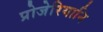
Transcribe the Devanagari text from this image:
प्रोजेरियानि